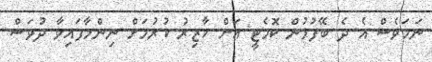
ނަމަވެސް އެ ދެ ބޭފުޅުން ކޮމެޓީ އަށް ހާޒިރު ކުރުމަށް ނިންމާފައިވާ ދުވަސް